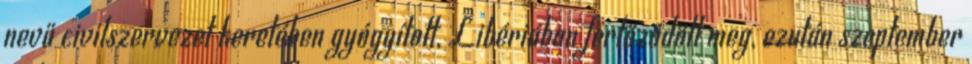
nevű civilszervezet keretében gyógyított, Libériában fertőződött meg, ezután szeptember